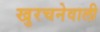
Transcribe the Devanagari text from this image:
खुरचनेवाली